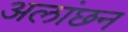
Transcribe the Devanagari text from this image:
अलांछन